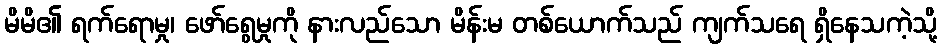
မိမိ၏ ရက်ရောမှု၊ ဖော်ရွေမှုကို နားလည်သော မိန်းမ တစ်ယောက်သည် ကျက်သရေ ရှိနေသကဲ့သို့